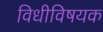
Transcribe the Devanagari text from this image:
विधीविषयक